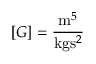
[ G ] = \frac { \mathrm { m } ^ { 5 } } { \mathrm { k g } \mathrm { s } ^ { 2 } }